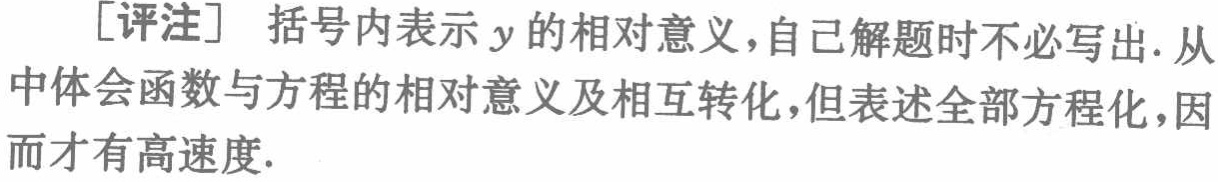
[评注] 括号内表示 \(y\) 的相对意义，自己解题时不必写出. 从中体会函数与方程的相对意义及相互转化，但表述全部方程化，因而才有高速度.